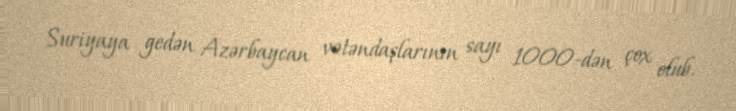
Suriyaya gedən Azərbaycan vətəndaşlarının sayı 1000-dən çox olub.